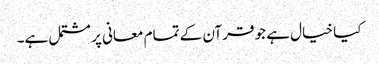
کیا خیال ہے جو قرآن کے تمام معانی پر مشتمل ہے۔